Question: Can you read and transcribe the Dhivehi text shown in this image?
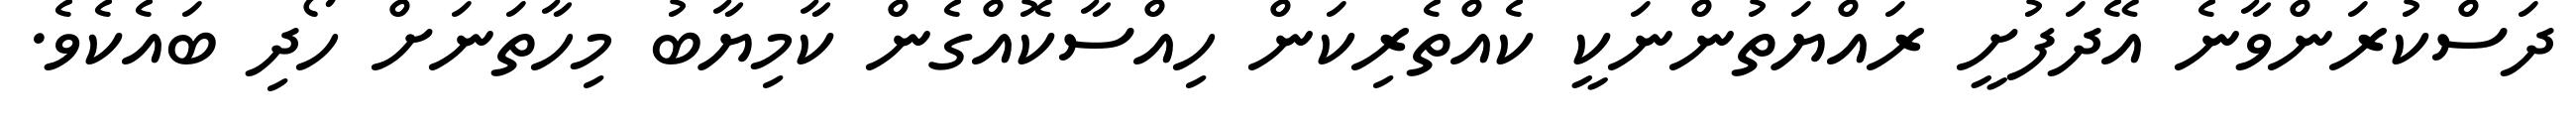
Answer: ދަސްކުރަންވާނެ އޭދަފުށީ ރައްޔަތުންނަކީ ކެއްތެރިކަން ހިއްސާކޮއްގެން ކާމިޔާބު މިހާތަނަށް ހޯދި ބައެކެވެ.